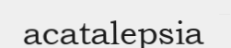
acatalepsia